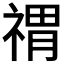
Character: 𥚷